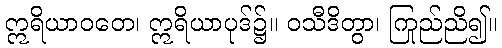
ဣရိယာဝတေ၊ ဣရိယာပုဒ်၌။ ဝသီဒိတွာ၊ ကြည်ညို၍။